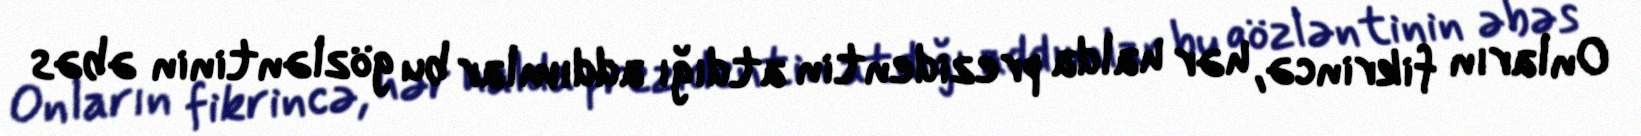
Onların fikrincə, hər halda prezidentin atdığı addımlar bu gözləntinin əbəs